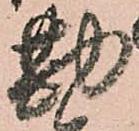
勘